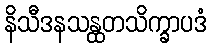
နိသီဒနသန္ထတသိက္ခာပဒံ